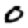
Digit: 0